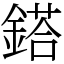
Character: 鎝